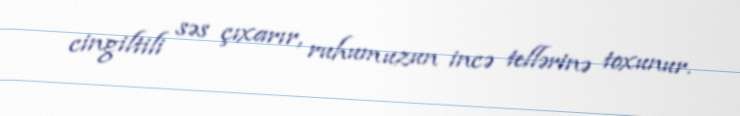
cingiltili səs çıxarır, ruhumuzun incə tellərinə toxunur.